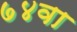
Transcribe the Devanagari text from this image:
७४वा